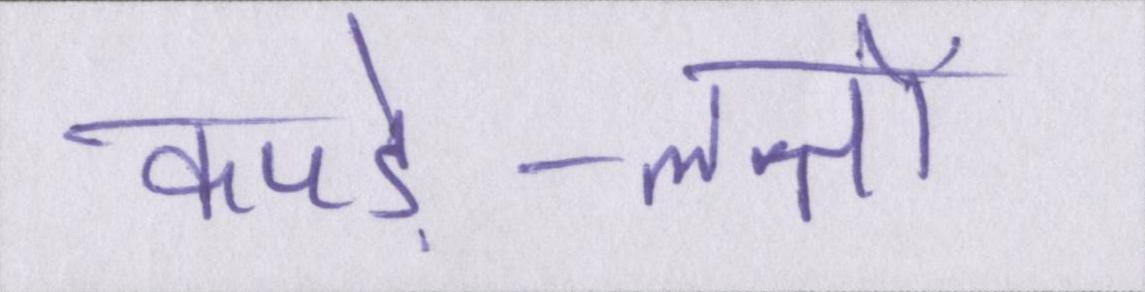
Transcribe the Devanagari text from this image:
कपड़े-लत्तों